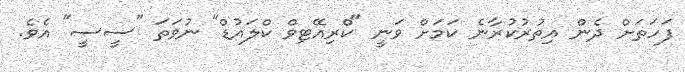
ފަހަތަށް ދެން އިތުރުކުރާނެ ކަމަށް ވަނީ "ކްރިއޭޓިވް ކްލައުޑް" ނުވަތަ "ސީސީ" އެވެ.